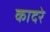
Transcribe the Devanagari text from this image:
कादरे